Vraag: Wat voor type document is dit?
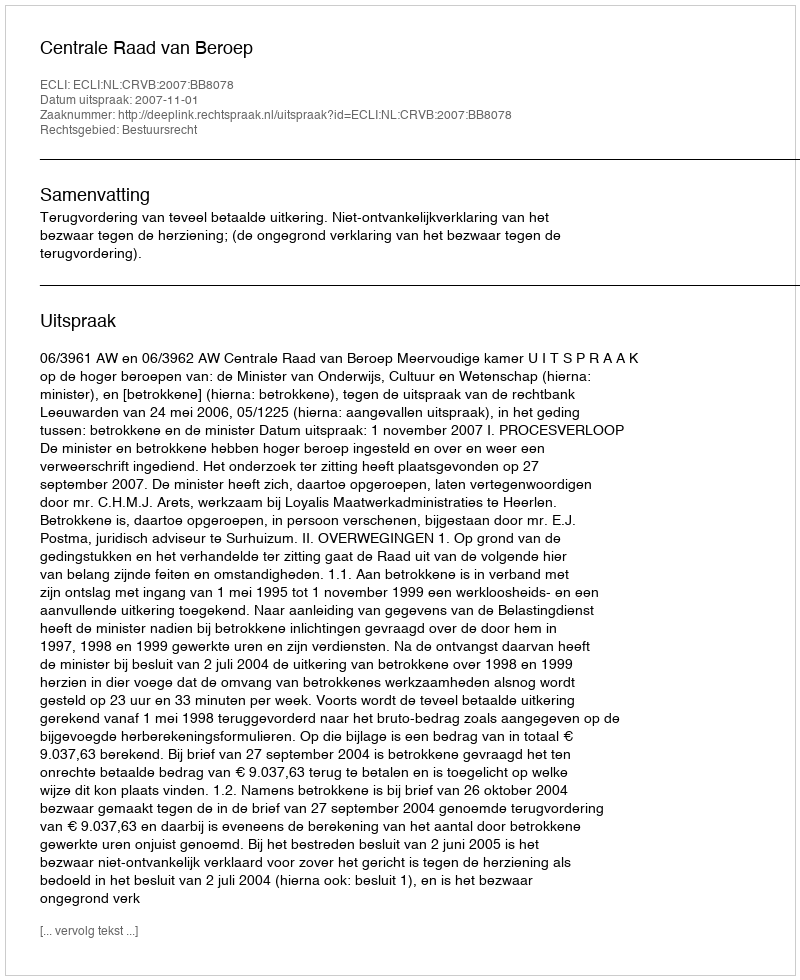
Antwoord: Uitspraak